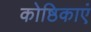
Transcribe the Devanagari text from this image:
कोष्ठिकाएं